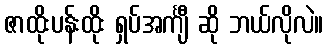
ဇာထိုးပန်းထိုး ရှပ်အင်္ကျီ ဆို ဘယ်လိုလဲ။